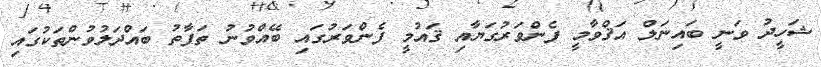
ޝަހީދު ވަނީ ބައިނަލް އަޤްވާމީ ފެންވަރުގަޔާއި ޤައުމީ ފެންވަރުގައި ބޭއްވުނު ތަފާތު ބައްދަލުވުންތަކުގައި